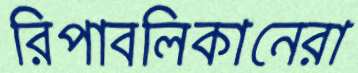
রিপাবলিকানেরা